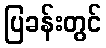
ပြခန်းတွင်